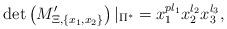
LaTeX: \begin{align*}\det \left( M'_{\Xi, \{x_1,x_2\}} \right)|_{\Pi^*} = x_1^{p l_1} x_2^{l_2} x_3^{l_3},\end{align*}